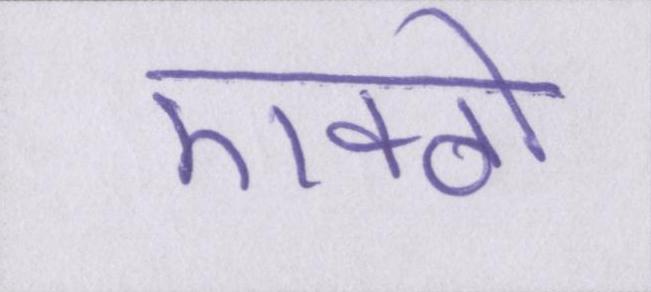
एक्ठो